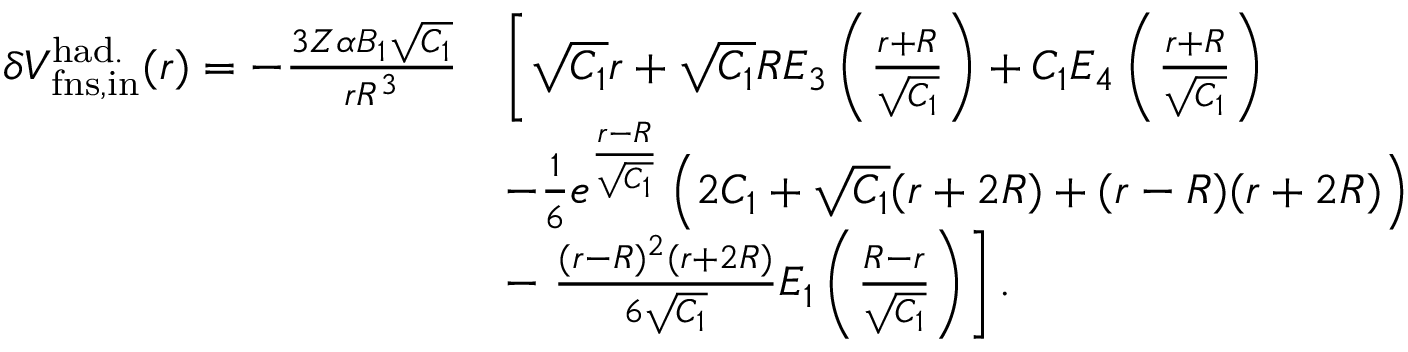
\begin{array} { r l } { \delta V _ { \mathrm { f n s , i n } } ^ { \mathrm { h a d . } } ( r ) = - \frac { 3 Z \alpha B _ { 1 } \sqrt { C _ { 1 } } } { r R ^ { 3 } } } & { \left[ \sqrt { C _ { 1 } } r + \sqrt { C _ { 1 } } R E _ { 3 } \left( \frac { r + R } { \sqrt { C _ { 1 } } } \right) + C _ { 1 } E _ { 4 } \left( \frac { r + R } { \sqrt { C _ { 1 } } } \right) \right. } \\ & { - \frac { 1 } { 6 } e ^ { \frac { r - R } { \sqrt { C _ { 1 } } } } \left( 2 C _ { 1 } + \sqrt { C _ { 1 } } ( r + 2 R ) + ( r - R ) ( r + 2 R ) \right) } \\ & { - \left. \frac { ( r - R ) ^ { 2 } ( r + 2 R ) } { 6 \sqrt { C _ { 1 } } } E _ { 1 } \left( \frac { R - r } { \sqrt { C _ { 1 } } } \right) \right] . } \end{array}